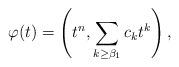
LaTeX: \begin{align*}\varphi(t)=\left (t^{n},\sum_{k\geq\beta_1}c_kt^k\right ),\end{align*}